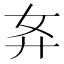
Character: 𰐈